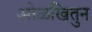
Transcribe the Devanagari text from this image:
ओळखितुन